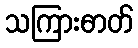
သကြားဓာတ်